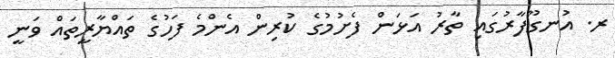
ރ. އުނގޫފާރުގައި ތާރު އަޅަން ފެށުމުގެ ކުރިން އެންމެ ފަހުގެ ތައްޔާރީތައް ވަނީ